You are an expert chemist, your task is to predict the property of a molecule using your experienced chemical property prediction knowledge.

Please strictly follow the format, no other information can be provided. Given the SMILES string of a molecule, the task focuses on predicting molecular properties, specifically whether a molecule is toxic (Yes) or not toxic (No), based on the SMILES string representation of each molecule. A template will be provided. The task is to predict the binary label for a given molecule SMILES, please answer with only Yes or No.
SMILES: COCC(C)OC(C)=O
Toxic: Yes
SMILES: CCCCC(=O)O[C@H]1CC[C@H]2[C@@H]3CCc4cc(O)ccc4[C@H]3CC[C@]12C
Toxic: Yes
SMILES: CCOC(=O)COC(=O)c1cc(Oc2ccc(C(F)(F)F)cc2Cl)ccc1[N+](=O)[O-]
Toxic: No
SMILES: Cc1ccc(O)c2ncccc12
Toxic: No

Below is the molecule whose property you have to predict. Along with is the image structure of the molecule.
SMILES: C[C@@H]1O[C@@H](O[C@@H]2C=C3CC[C@@H]4[C@H](CC[C@]5(C)[C@@H](c6ccc(=O)oc6)CC[C@]45O)[C@@]3(C)CC2)[C@H](O)[C@H](O)[C@H]1O
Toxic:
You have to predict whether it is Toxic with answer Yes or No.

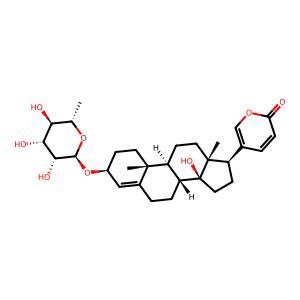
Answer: No